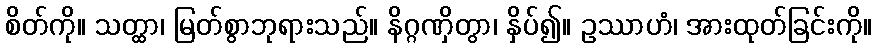
စိတ်ကို။ သတ္ထာ၊ မြတ်စွာဘုရားသည်။ နိဂ္ဂဏှိတွာ၊ နှိပ်၍။ ဥဿာဟံ၊ အားထုတ်ခြင်းကို။